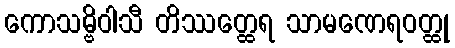
ကောသမ္ဗိဝါသီ တိဿတ္ထေရ သာမဏေရဝတ္ထု